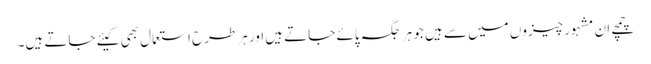
چمچے ان مشہور چیزوں میں سے ہیں جو ہر جگہ پائے جاتے ہیں اور ہر طرح استعمال بھی کیئے جاتے ہیں۔